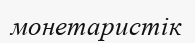
монетаристік